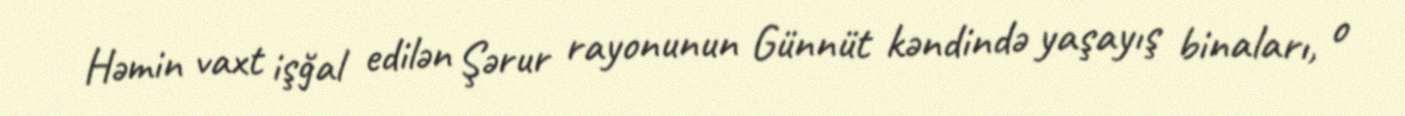
Həmin vaxt işğal edilən Şərur rayonunun Günnüt kəndində yaşayış binaları, o